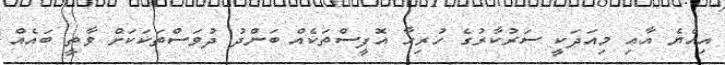
އިއްޔެ އާއި މިއަދަކީ ސަރުކާރުގެ ހުރިހާ އޮފީސްތަކެއް ބަންދު ދުވަސްތަކަކަށް ވާތީ ބައެއް